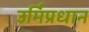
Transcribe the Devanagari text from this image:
उर्मिप्रधान